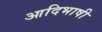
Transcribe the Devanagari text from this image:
आदिभाषी